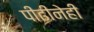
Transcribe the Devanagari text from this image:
पीढीनेही